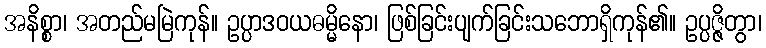
အနိစ္စာ၊ အတည်မမြဲကုန်။ ဥပ္ပာဒဝယဓမ္မိနော၊ ဖြစ်ခြင်းပျက်ခြင်းသဘောရှိကုန်၏။ ဥပ္ပဇ္ဇိတွာ၊